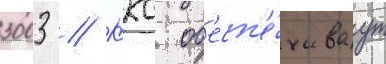
3003 // Ккс об'есп'е́чиваут